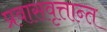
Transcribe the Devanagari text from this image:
प्रवासवृत्तान्त